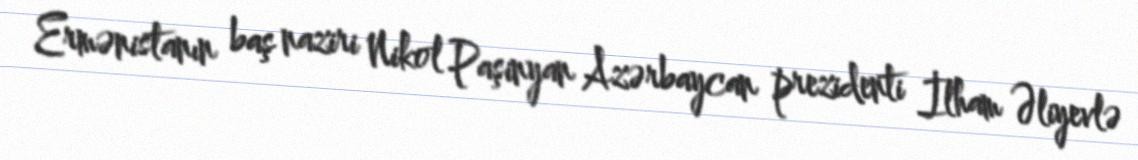
Ermənistanın baş naziri Nikol Paşinyan Azərbaycan prezidenti İlham Əliyevlə